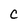
Character: c